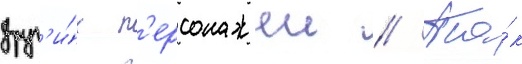
друг'и́х п'ерсонажеи // Та́к